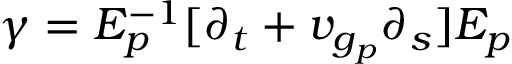
\gamma = E _ { p } ^ { - 1 } [ \partial _ { t } + v _ { g _ { p } } \partial _ { s } ] E _ { p }